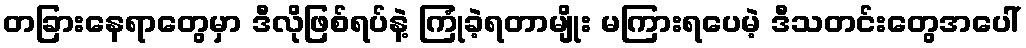
တခြားနေရာတွေမှာ ဒီလိုဖြစ်ရပ်နဲ့ ကြုံခဲ့ရတာမျိုး မကြားရပေမဲ့ ဒီသတင်းတွေအပေါ်